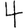
Digit: 4